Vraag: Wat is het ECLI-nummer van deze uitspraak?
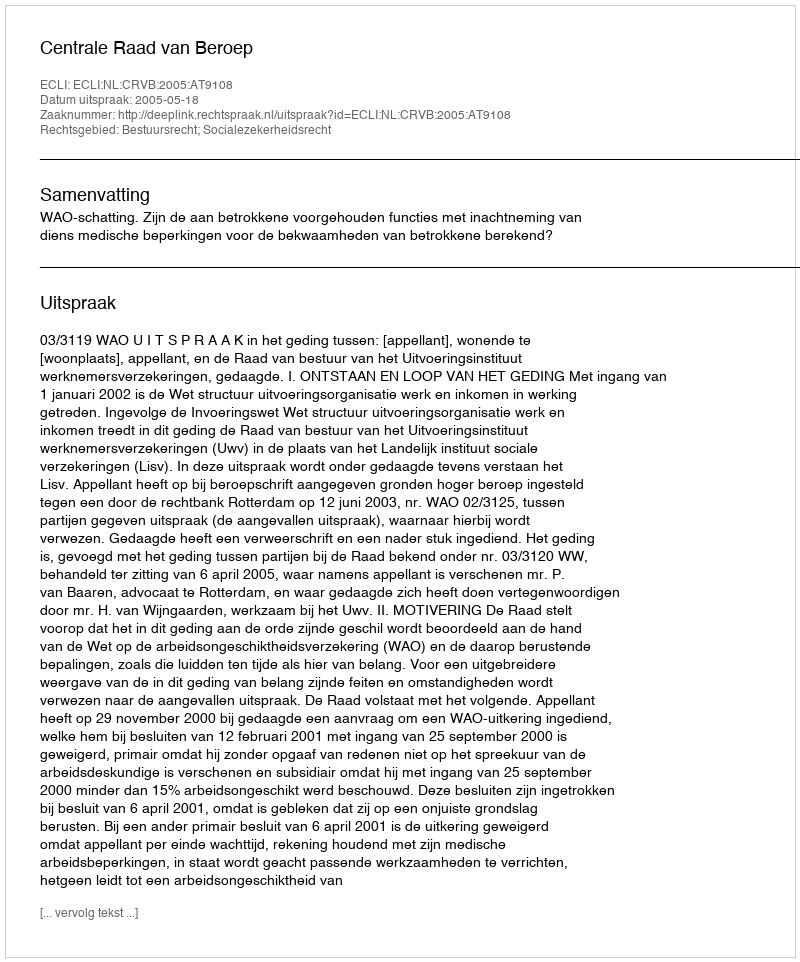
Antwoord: ECLI:NL:CRVB:2005:AT9108